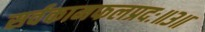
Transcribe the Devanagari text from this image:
सर्वकामफलप्रदः॥३॥